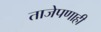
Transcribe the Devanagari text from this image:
ताजेपणाही